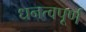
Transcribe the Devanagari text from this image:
धनत्वपूर्ण